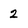
Character: 2